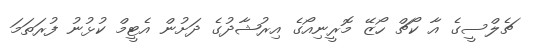
ޗެލްސީގެ އާ ކޯޗް ހޯޒޭ މޮރީނިއޯގެ އިރުޝާދުގެ ދަށުން އެޓީމް ކުޅުނު ފުރަތަމަ